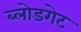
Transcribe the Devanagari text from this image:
ब्लोडगेट